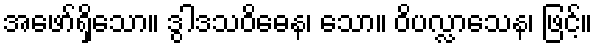
အဖော်ရှိသော။ ဒွါဒသဝိဓေန၊ သော။ ဝိပလ္လာသေန၊ ဖြင့်။